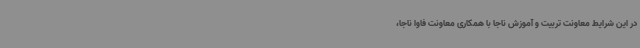
در این شرایط معاونت تربیت و آموزش ناجا با همکاری معاونت فاوا ناجا،